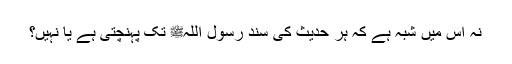
نہ اس میں شبہ ہے کہ ہر حدیث کی سند رسول اللہﷺ تک پہنچتی ہے یا نہیں؟